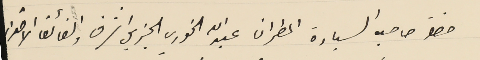
حضرة صاحب السيادة المطران عبدالله الخوري الجزيل الشرف والفائق الاحترام